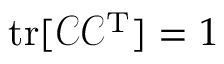
\mathrm { t r } [ \mathcal { C } \mathcal { C } ^ { \mathrm { T } } ] = 1